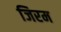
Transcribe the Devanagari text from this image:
जिरम